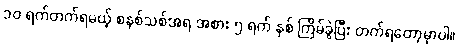
၁၀ ရက်တက်ရမယ့် စနစ်သစ်အရ အစား ၅ ရက် နှစ် ကြိမ်ခွဲပြီး တက်ရတော့မှာပါ။